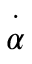
\overset { \cdot } { \alpha }